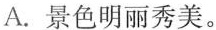
A.景色明丽秀美。